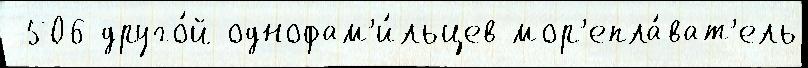
-506 друго́й однофам'и́льцев мор'епла́ват'ель